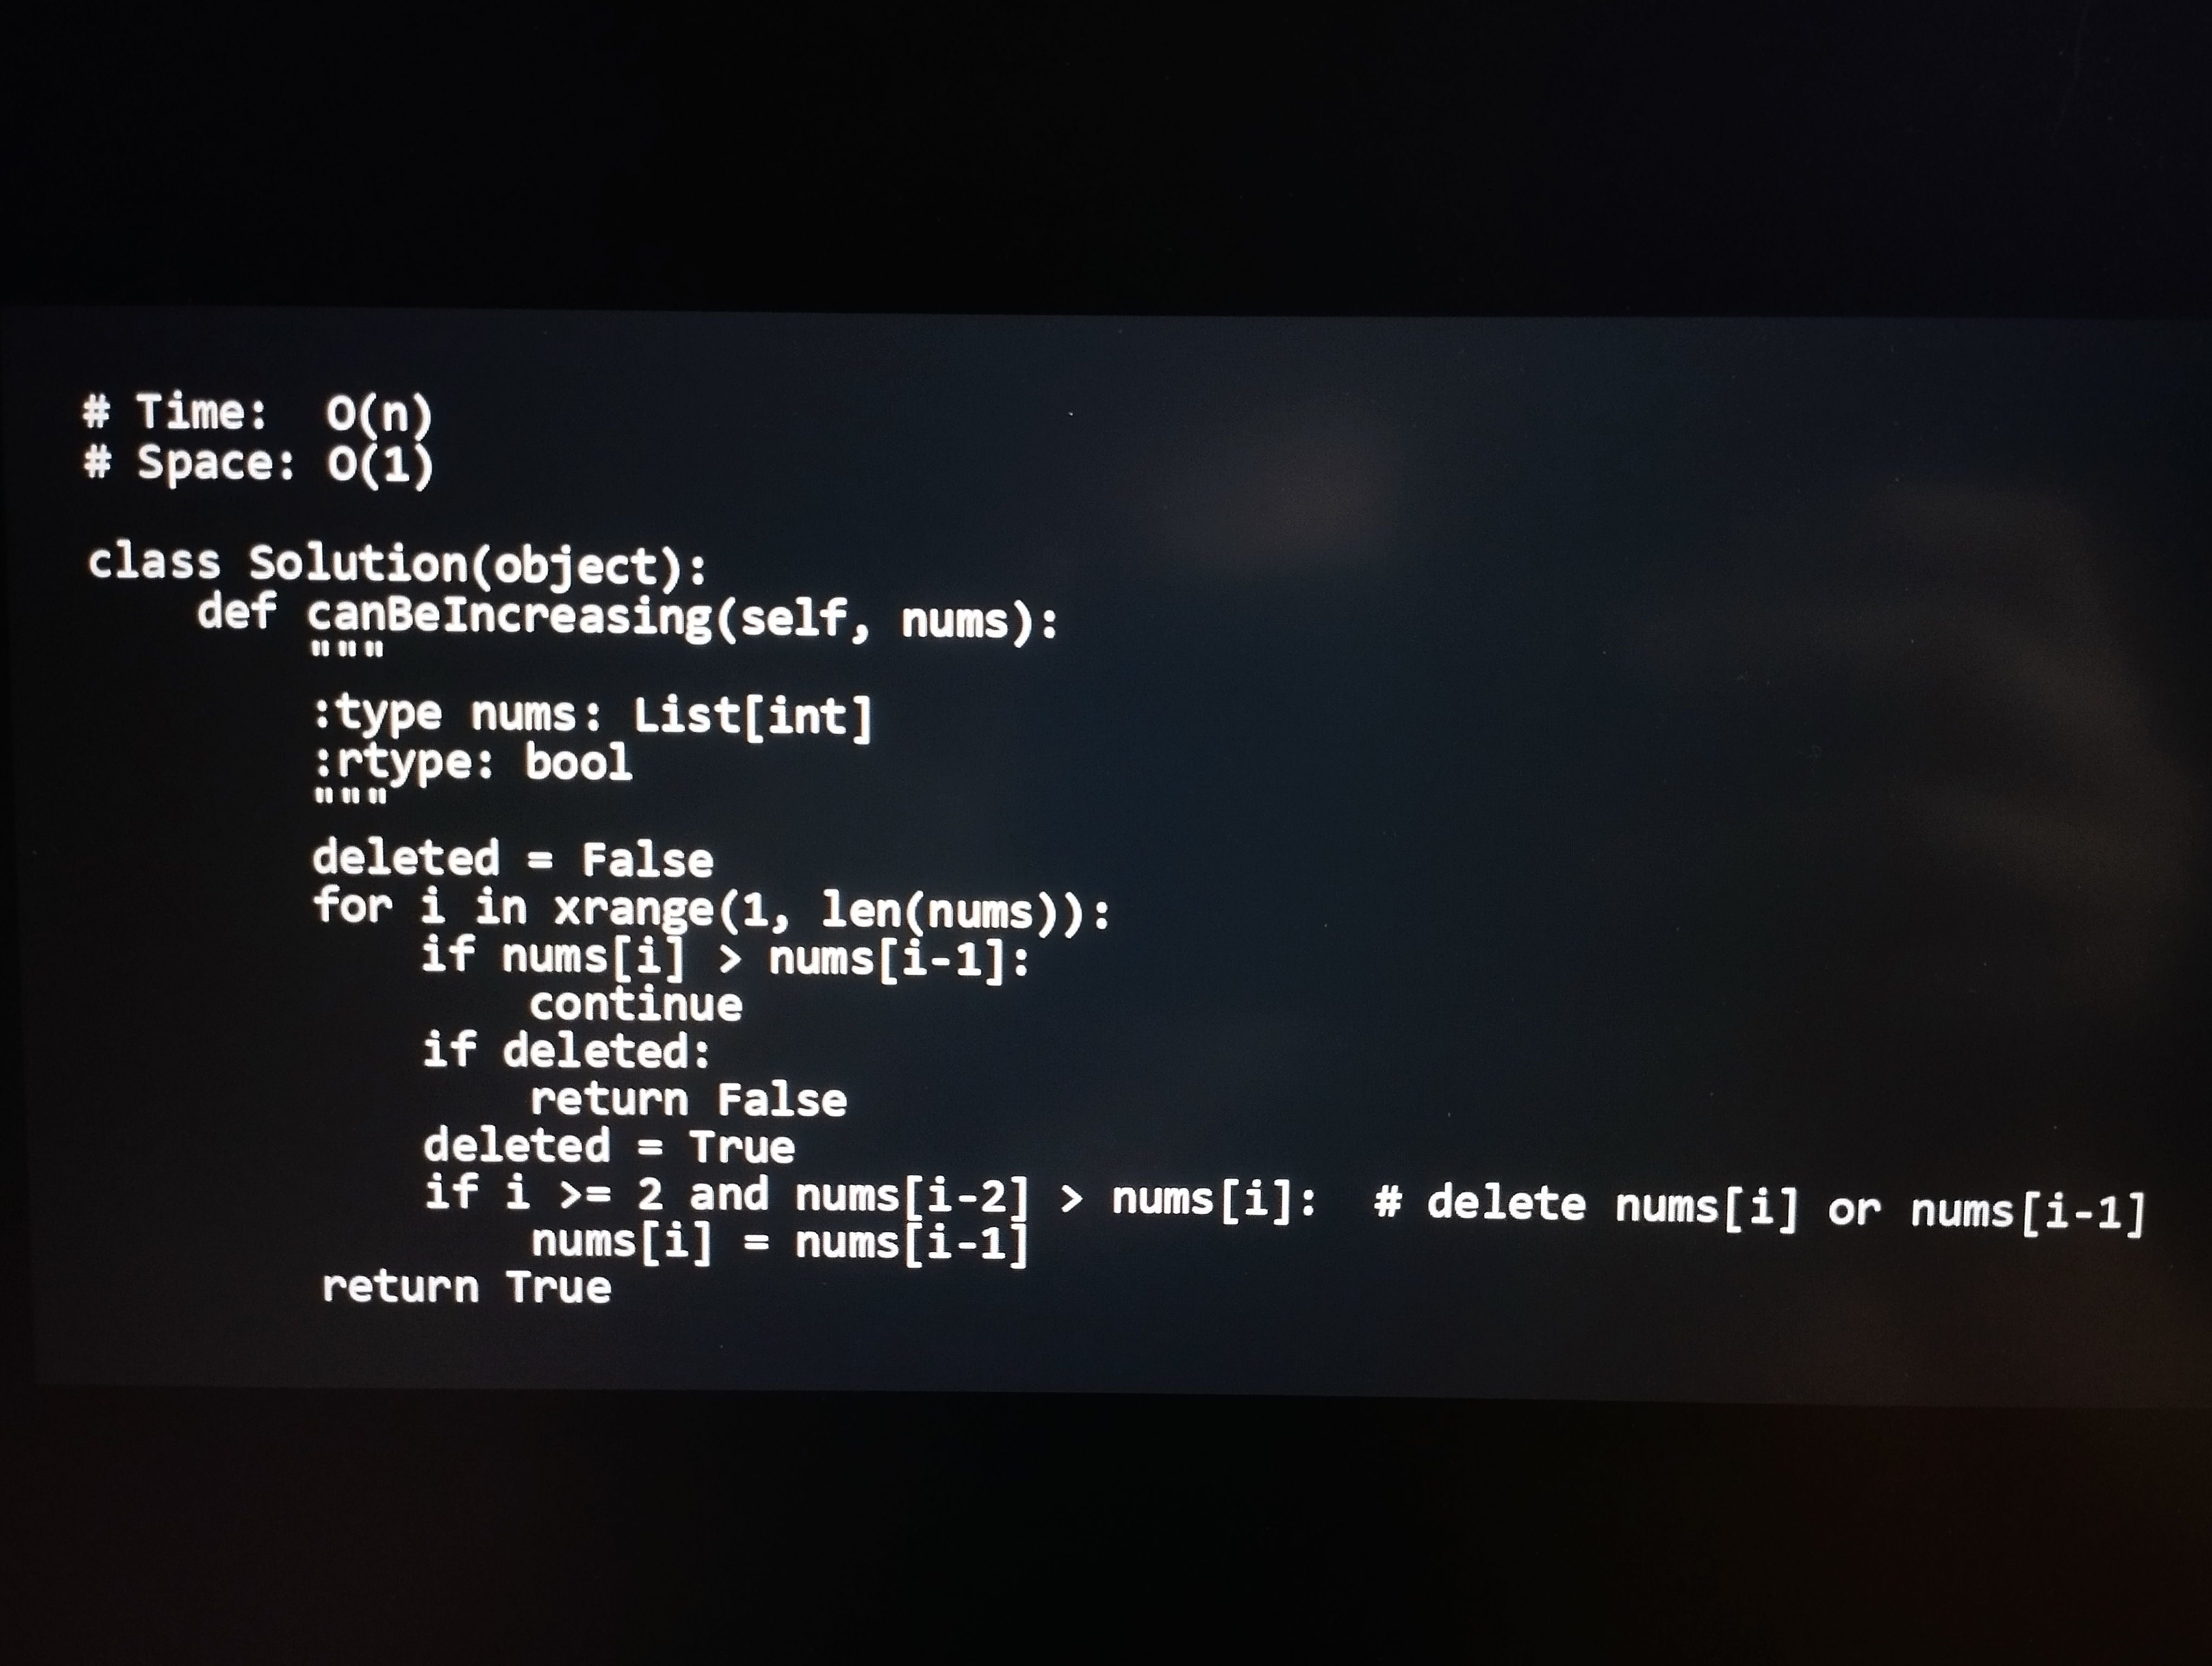
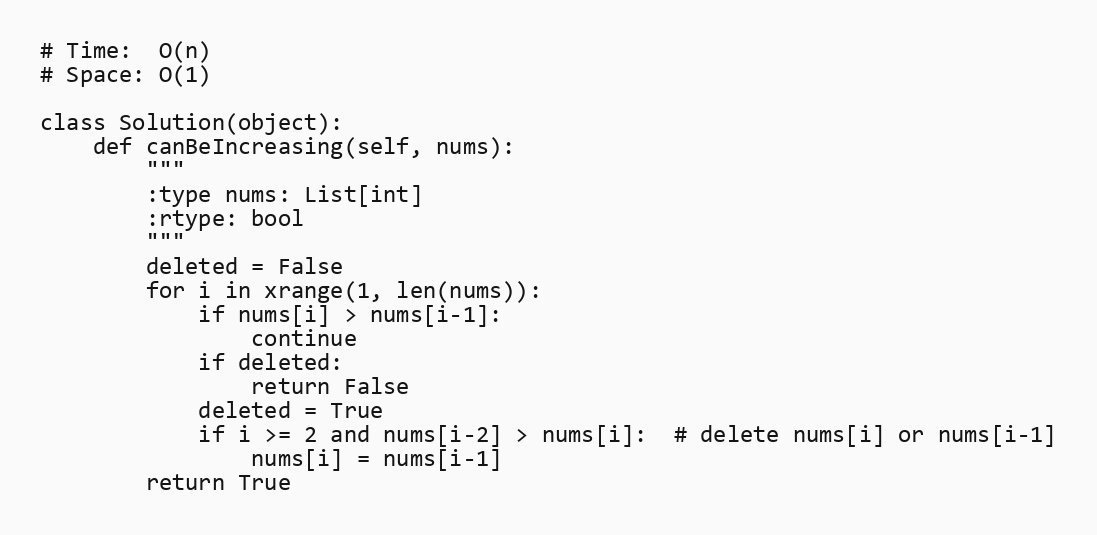
# Time:  O(n)
# Space: O(1)

class Solution(object):
    def canBeIncreasing(self, nums):
        """
        :type nums: List[int]
        :rtype: bool
        """
        deleted = False
        for i in xrange(1, len(nums)):
            if nums[i] > nums[i-1]:
                continue
            if deleted:
                return False
            deleted = True
            if i >= 2 and nums[i-2] > nums[i]:  # delete nums[i] or nums[i-1]
                nums[i] = nums[i-1]
        return True